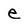
Character: e